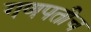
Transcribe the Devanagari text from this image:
गणपतीच